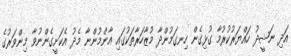
އަދި ނަޝީދު ހައްޔަރުކުރުމާ ގުޅިގެން ހިނގަމުންދާ މުޒާހަރާތަކުގައި އާންމުންނާ މެދު އެކަށީގެންނުވާ މިންވަރުގެ